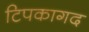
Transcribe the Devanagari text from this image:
टिपकागद